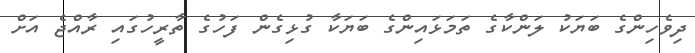
ދިވެހިންގެ ބަޔަކު ލަންކާގެ ތަމަޅައިންގެ ބަޔަކާ ގުޅިގެން ފަހުގެ ތާރީހުގައި ރާއްޖެ އަށް